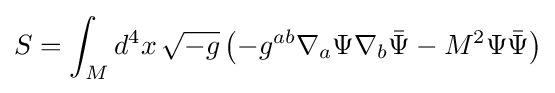
S=\int _{M}d^{4}x\,{\sqrt {-g}}\left(-g^{ab}\nabla _{a}\Psi \nabla _{b}{\bar {\Psi }}-M^{2}\Psi {\bar {\Psi }}\right)